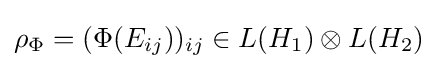
\rho _{\Phi }=(\Phi (E_{ij}))_{ij}\in L(H_{1})\otimes L(H_{2})